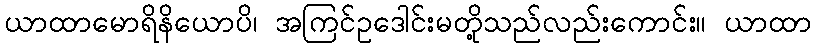
ယာထာမောရိနိယောပိ၊ အကြင်ဥဒေါင်းမတို့သည်လည်းကောင်း။ ယာထာ